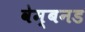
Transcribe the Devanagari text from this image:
वेम्बनड